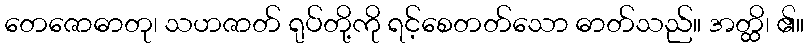
တေဇောဓာတု၊ သဟဇာတ် ရုပ်တို့ကို ရင့်စေတတ်သော ဓာတ်သည်။ အတ္ထိ၊ ၏။